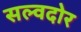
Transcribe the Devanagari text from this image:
सल्वदोर